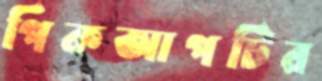
পিকআপটির